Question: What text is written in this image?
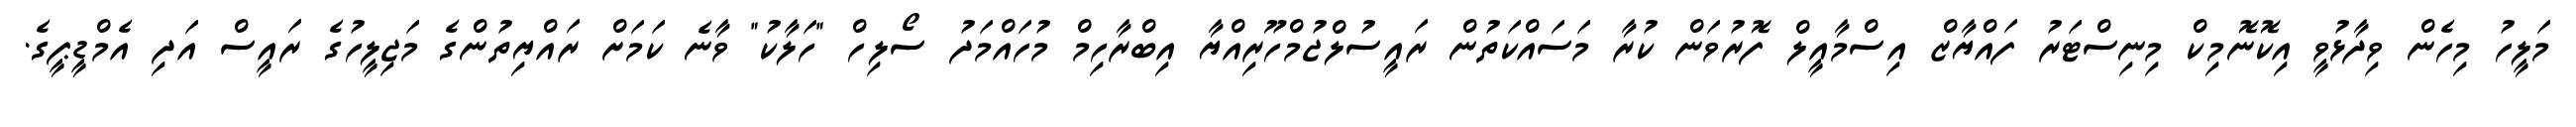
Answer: މަލީހު މިހެން ވިދާޅުވީ އިކޮނޮމިކް މިނިސްޓަރު ފައްޔާޒް އިސްމާއީލް ފޮރުވަން ކުރާ މަސައްކަތުން ރައީސުލްޖުމްހޫރިއްޔާ އިބްރާހިމް މުހައްމަދު ސޯލިހް "ހަލާކު" ވާނެ ކަމަށް ރައްޔިތުންގެ މަޖިލީހުގެ ރައީސް އަދި އެމްޑީޕީގެ.